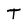
Character: T